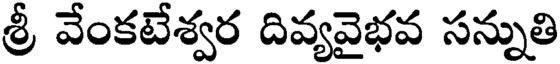
శ్రీ వేంకటేశ్వర దివ్యవైభవ సన్నుతి